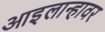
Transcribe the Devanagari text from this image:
आइलान्हावर